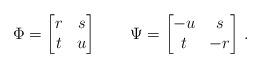
LaTeX: \begin{align*}\Phi = \begin{bmatrix} r & s \\ t & u \end{bmatrix} \qquad\Psi = \begin{bmatrix} -u & s \\ t & -r \end{bmatrix}\,.\end{align*}